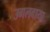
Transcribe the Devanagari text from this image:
उगलवाया